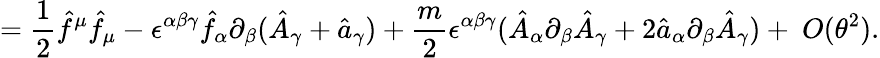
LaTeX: =\frac{1}{2}\hat{f}^{\mu}\hat{f}_{\mu}-\epsilon^{\alpha\beta\gamma}\hat{f}_{\alpha}\partial_{\beta}(\hat{A}_{\gamma}+\hat{a}_{\gamma})+\frac{m}{2}\epsilon^{\alpha\beta\gamma}(\hat{A}_{\alpha}\partial_{\beta}\hat{A}_{\gamma}+2\hat{a}_{\alpha}\partial_{\beta}\hat{A}_{\gamma})+~O(\theta^{2}).